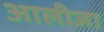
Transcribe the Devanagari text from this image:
आलीजा